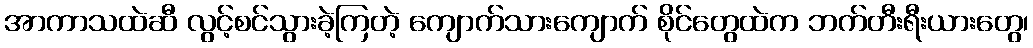
အာကာသထဲဆီ လွင့်စင်သွားခဲ့ကြတဲ့ ကျောက်သားကျောက် စိုင်တွေထဲက ဘက်တီးရီးယားတွေ၊